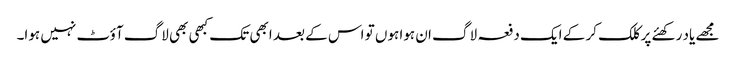
مجھے یاد رکھئے پر کلک کر کے ایک دفعہ لاگ ان ہوا ہوں تو اس کے بعد ابھی تک کبھی بھی لاگ آؤٹ نہیں ہوا۔